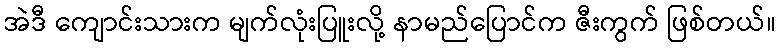
အဲဒီ ကျောင်းသားက မျက်လုံးပြူးလို့ နာမည်ပြောင်က ဇီးကွက် ဖြစ်တယ်။